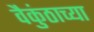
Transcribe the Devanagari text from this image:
वैकुंठाच्या